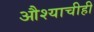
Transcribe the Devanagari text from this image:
औश्याचीही